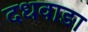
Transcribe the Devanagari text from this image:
दधवाङा